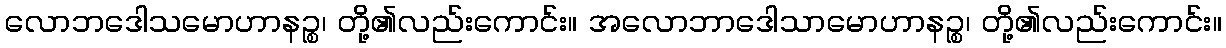
လောဘဒေါသမောဟာနဉ္စ၊ တို့၏လည်းကောင်း။ အလောဘာဒေါသာမောဟာနဉ္စ၊ တို့၏လည်းကောင်း။